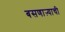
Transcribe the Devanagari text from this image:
बसणाऱ्याची